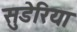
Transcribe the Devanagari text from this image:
सुडेरिया